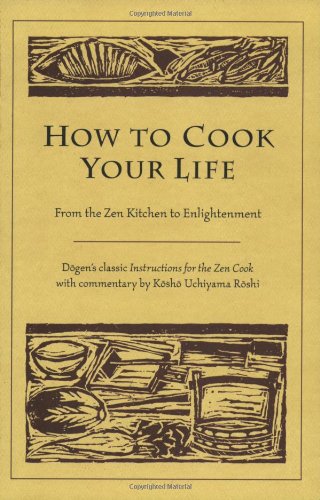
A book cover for How to Cook Your Life: From the Zen Kitchen to Enlightenment; Eihei Dogen; Religion & Spirituality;